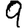
Digit: 9